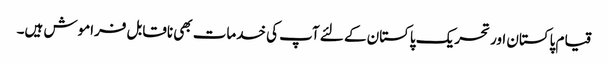
قیام پاکستان اور تحریک پاکستان کے لئے آپ کی خدمات بھی ناقابل فراموش ہیں۔